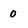
Character: 0